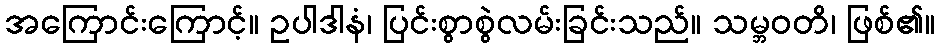
အကြောင်းကြောင့်။ ဥပါဒါနံ၊ ပြင်းစွာစွဲလမ်းခြင်းသည်။ သမ္ဘဝတိ၊ ဖြစ်၏။